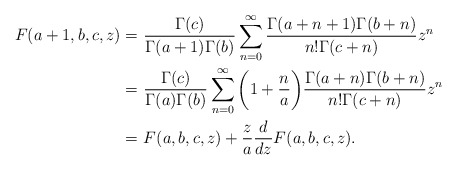
\begin{align*}F(a+1, b, c, z)=&~\frac{\Gamma(c)}{\Gamma(a+1)\Gamma(b)}\sum^\infty_{n=0}\frac{\Gamma(a+n+1)\Gamma(b+n)}{n!\Gamma(c+n)}z^n\\=&~\frac{\Gamma(c)}{\Gamma(a)\Gamma(b)}\sum^\infty_{n=0}\bigg(1+\frac{n}{a}\bigg)\frac{\Gamma(a+n)\Gamma(b+n)}{n!\Gamma(c+n)}z^n\\=&~F(a,b,c,z)+\frac{z}{a}\frac{d}{dz}F(a,b,c,z).\end{align*}